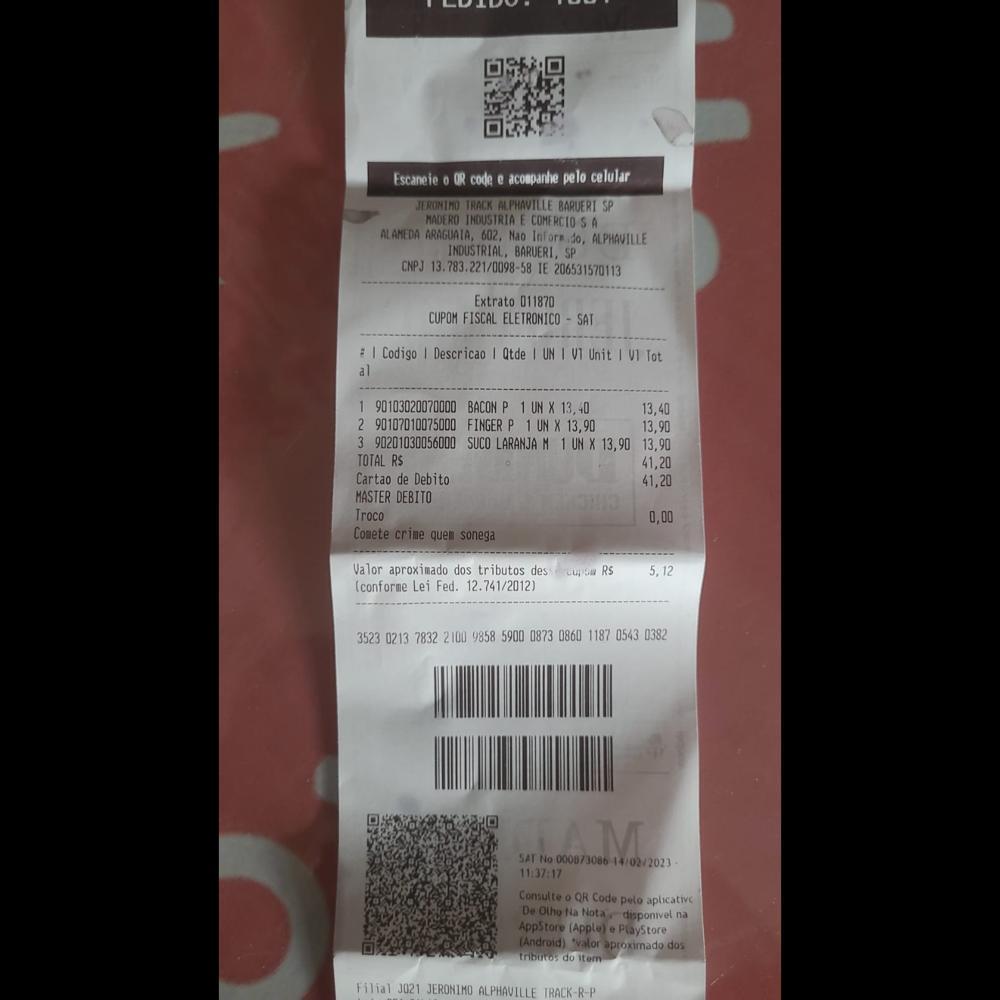
Escaneie 0 OR code e acompanhe pelo celular JERONIMO TRACK ALPHAVILLE BARUERI SP MADERO INDUSTRIA E COMERCIOSA ALAMEDA ARAGUAIA, 602, Nao Inforn.do, ALPHAVILLE INDUSTRIAL, BARUERI, SP CNPJ 13.783.221/0098-58 IE 206531570113 Extrato 011870 CUPOM FISCAL ELETRONICO SAT EI IC Codigo I Descricao I Qtde UN I VI Unit IVI Tot - 90103020070000 BACON P 1UNX1 13,40 2 90107010075000 FINGER P 1UN) X 13,90 3 90201030056000 SUCO LARANJA M 1UN: X 13,90 13,90 al 13,40 13,90 41,20 41,20 0,00 TOTAL RS Cartao de Debito MASTER DEBITO Troco Comete crime quem sonega Valor aproximado dos tributos dess cupsa RS 5,12 (conforme Lei Fed. 12.741/2012) 3523 02137832 2100 9858 5900 0873 0860 1187 05430 0382 SAT No 000073086 14/02/2023- 11:37:17 Consulte o QR Code pelo aplicative De Otho Na Nota disponivel na AppStore (Apple) de PlayStore (Android) valor aproximado dos tributos do itom Filial J021 JERONIMO ALPHAVILLE TRACK- R-P